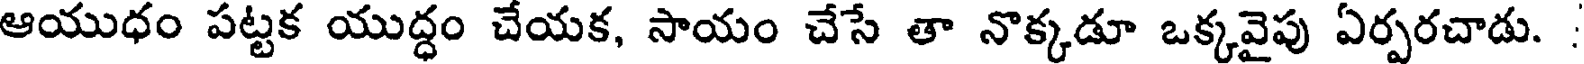
ఆయుధం పట్టక యుద్ధం చేయక, సాయం చేసే తా నొక్కడూ ఒక్కవైపు ఏర్పరచాడు. :